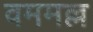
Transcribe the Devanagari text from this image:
वममल्ल